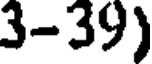
3-39)